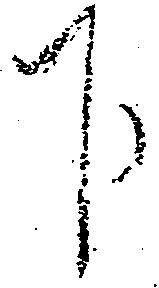
下